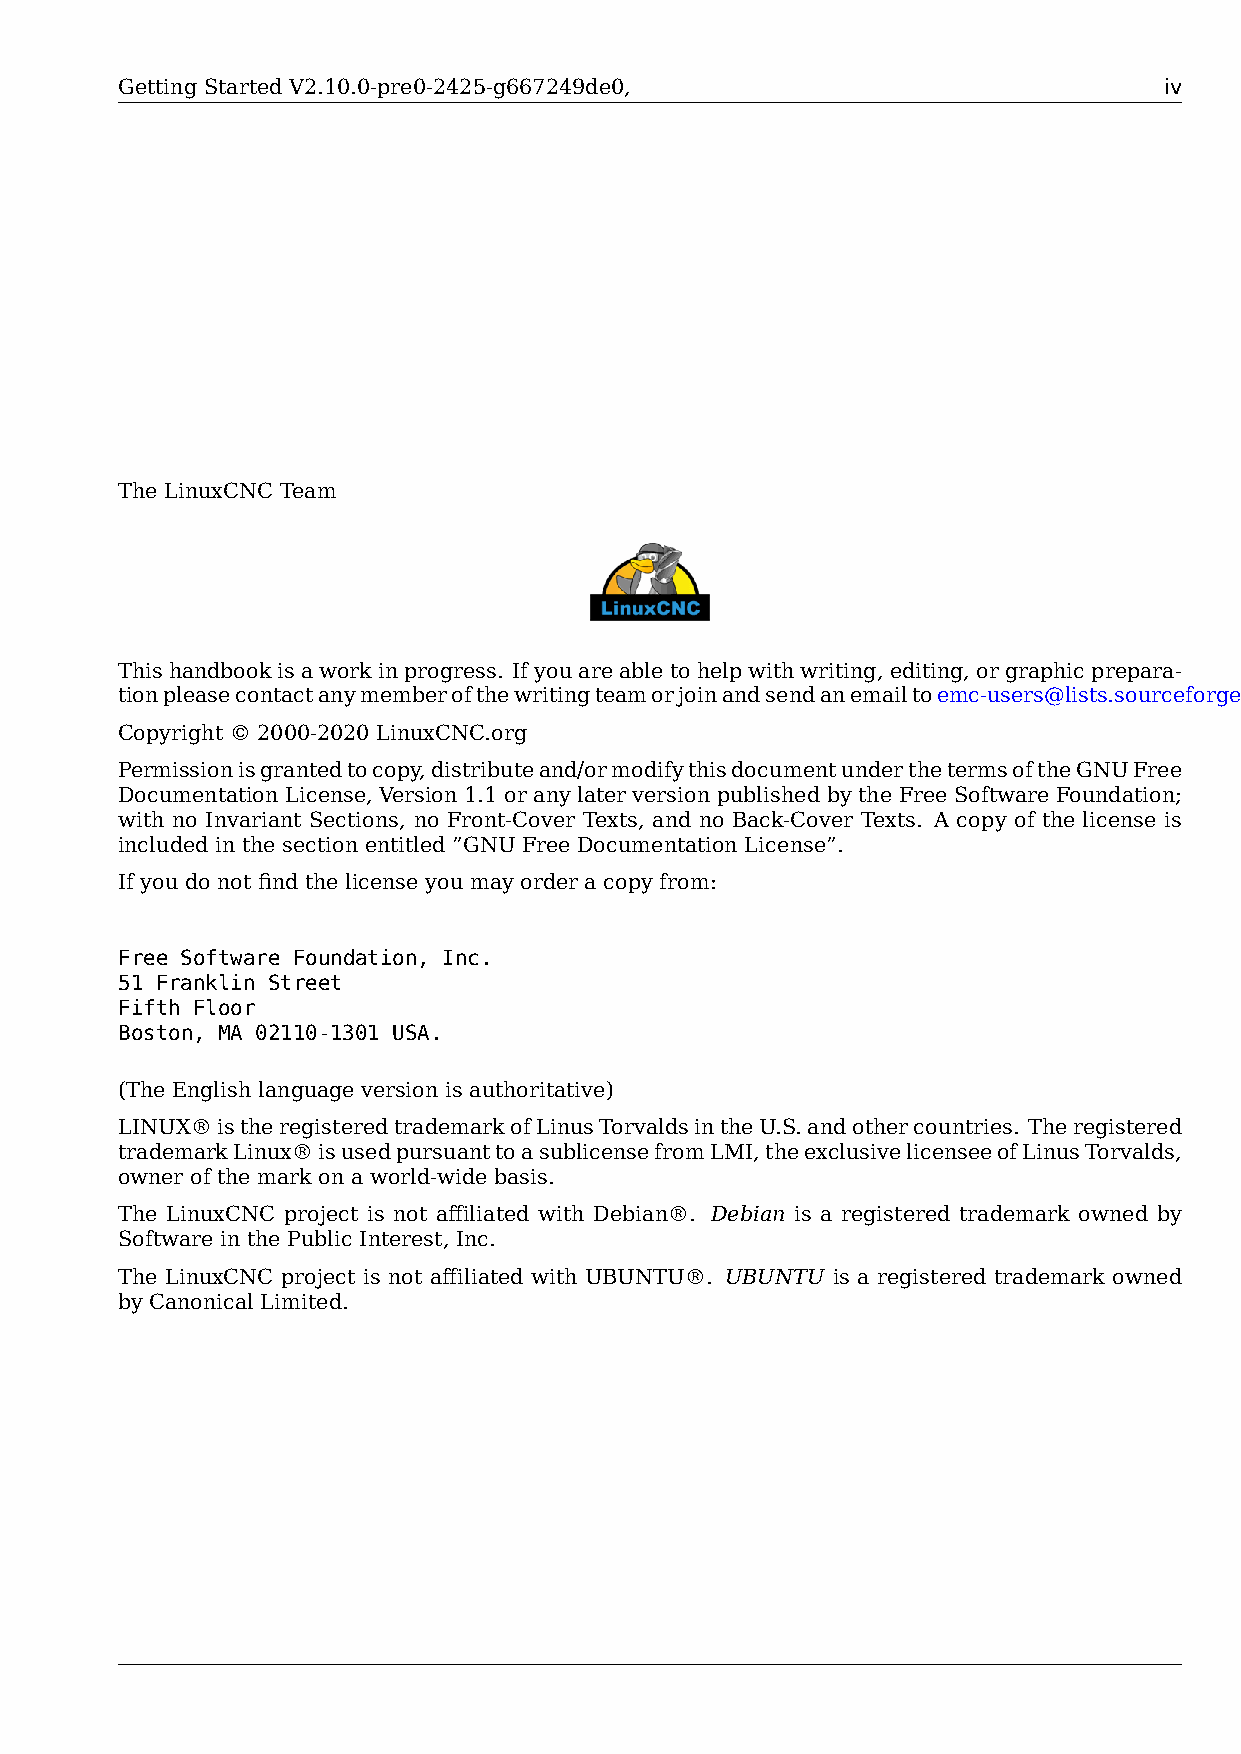
Getting Started V2.10.0-pre0-2425-g667249de0,                        iv
 The LinuxCNC Team
 Thishandbookisaworkinprogress. Ifyouareabletohelpwithwriting,editing,orgraphicprepara-
 tionpleasecontactanymemberofthewritingteamorjoinandsendanemailtoemc-users@lists.sourceforge.net.
 Copyright © 2000-2020 LinuxCNC.org
 Permissionisgrantedtocopy,distributeand/ormodifythisdocumentunderthetermsoftheGNUFree
 Documentation License, Version 1.1 or any later version published by the Free Software Foundation;
 with no Invariant Sections, no Front-Cover Texts, and no Back-Cover Texts. A copy of the license is
 included in the section entitled ”GNU Free Documentation License”.
 If you do not find the license you may order a copy from:
 Free Software Foundation, Inc.
 51 Franklin Street
 Fifth Floor
 Boston, MA 02110-1301 USA.
 (The English language version is authoritative)
 LINUX®istheregisteredtrademarkofLinusTorvaldsintheU.S.andothercountries. Theregistered
 trademarkLinux®isusedpursuanttoasublicensefromLMI,theexclusivelicenseeofLinusTorvalds,
 owner of the mark on a world-wide basis.
 The LinuxCNC project is not affiliated with Debian®. Debian is a registered trademark owned by
 Software in the Public Interest, Inc.
 The LinuxCNC project is not affiliated with UBUNTU®. UBUNTU is a registered trademark owned
 by Canonical Limited.